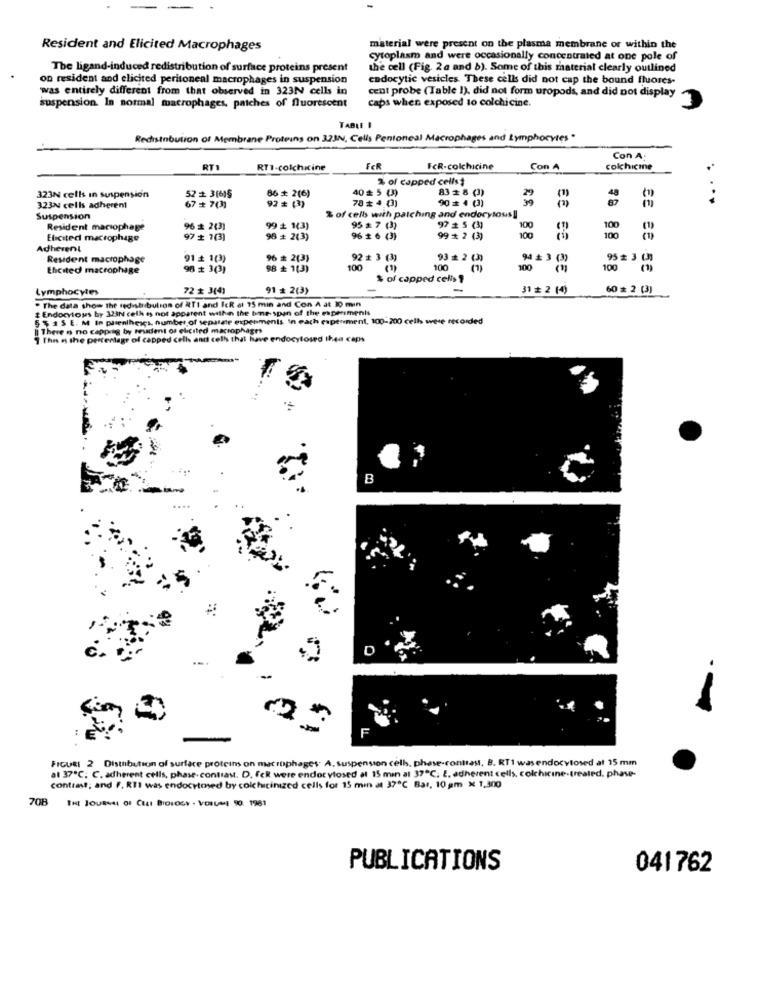
Resident and Elicited Macrophages
material were present on the plasma membrane or within the
cytoplasm and were occasionally concentrated at one pole of
The ligand-induced redistribution of surface proteins present
the cell (Fig. 2a and b). Some of this material clearly outlined
on resident and elicited peritoneal macrophages in suspension
endocytic vesicles. These cells did not cap the bound fluores-
was entirely different from that observed in 323N cells in
suspension. In normal macrophages, patches of fluorescent
cent probe (Table 1), did not form uropods, and did not display
caps when exposed to colchicine.
TABLE I
Redistribution of Membrane Proteins on 323N, Cells Pentoneal Macrophages and Lymphocytes "
Con A.
RT1
RT1-colchicine
FER
FcR-colchicine
Con A
colchicine
% of capped cells#
86 # 2(6)
40 5 ()
83 2 8 (3)
323N cells in suspension
52 + 3(6)§
78 ₺ 4.0)
90 = 4 (3)
48
323% cells adherent
67 + 7(3)
92 # (3)
% of cells with patching and endocytous !!
Suspension
Resident maciophage
96 # 2(3)
99 ₺ 1(3)
95 a 7 (3)
97 # 5 (3)
100
100
100
100
Elicited macrophage
97 + 7(3)
98 # 2(3)
96 # 6 (3)
99 x 2 (3)
Adherent
Resident macrophage
91 + 1(3)
96 # 2(3)
92 # 3 (3)
93 # 2 (3)
94 * 3 (3)
95 # 30
Ehcited macrophage
98 x 3(3)
98 ₺ 1(3)
100
(1)
100
100
100
% of capped cells ?
Lymphocytes
72 # 3(4)
91 # 2(3)
-
31 # 2 (4)
60 # 2 (3)
. The data show the redistribution of RTI and Ick at 15 min and Con A at 30 min
# Endocytous by 323N celh ss not apparent within the bone-span of the experiments
55 15 E. M In parentheses, number of sepatate expenments In each experiment, 100-200 cells were recorded
Il There is no capprig by tudent of elicited macrophages
1 Then the percentage of capped cells and cells that have endocytosed thea caps
B
D
F
-
-
FIGURE 2 Distribution of surface proteins on macrophages. A. suspension cells, phase-contrast, B. RT1 wasendocytosed at 15 mm
at 37℃. C. adherent cells, phase- contrast. D. fck were endor ylosed al 15 min at 37℃; 2. adherent cells, colchicine-treated, phase-
contrast; and F. RII was endocytosed by colchicinized cells for 15 min at 37℃ Bar, 10 am x 1,300
708
THE JOURNAL OF CHI BIOLOGY . VOLUME 90. 1981
PUBLICATIONS
041762